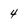
Character: 4